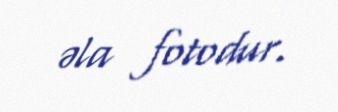
əla fotodur.